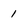
Character: 1